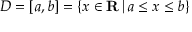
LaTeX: D = [ a , b ] = \{ x \in \mathbf { R } \, | \, a \leq x \leq b \} \quad